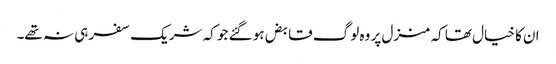
ان کا خیال تھا کہ منزل پر وہ لوگ قابض ہو گئے جو کہ شریک سفر ہی نہ تھے۔